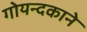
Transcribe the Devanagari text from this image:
गोयन्‍दकाने